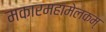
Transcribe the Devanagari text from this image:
मकारमहामेलकम्